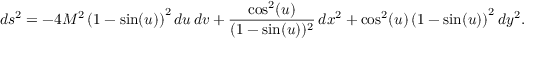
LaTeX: d s ^ { 2 } = - 4 M ^ { 2 } \, { { \left( 1 - \sin ( u ) \right) } ^ { 2 } } \, d u \, d v + { \frac { \cos ^ { 2 } ( u ) } { { ( 1 - \sin ( u ) } ) ^ { 2 } } } \, d x ^ { 2 } + { { { \cos ^ { 2 } ( u ) } } \, { \left( 1 - \sin ( u ) \right) } ^ { 2 } } \, d y ^ { 2 } .